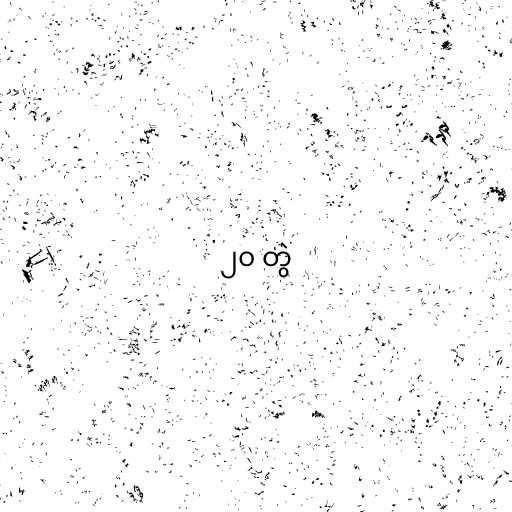
၂၀ တွဲ